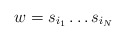
\begin{align*}w = s_{i_1} \ldots s_{i_N}\end{align*}